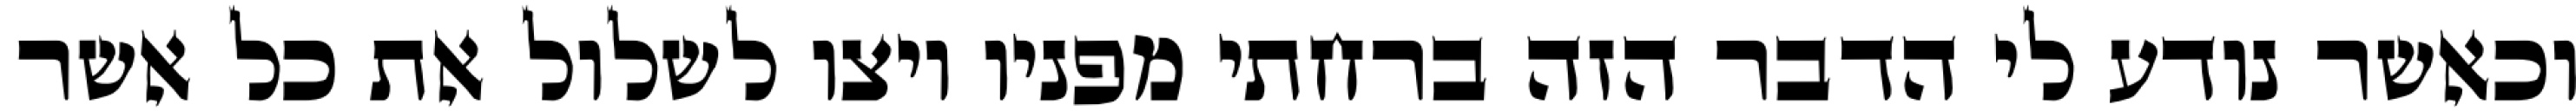
וכאשר נודע לי הדבר הזה ברחתי מפניו ויצו לשלול את כל אשר